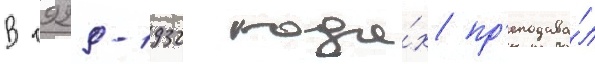
В 1929-1932 года́х пр'еподава́л